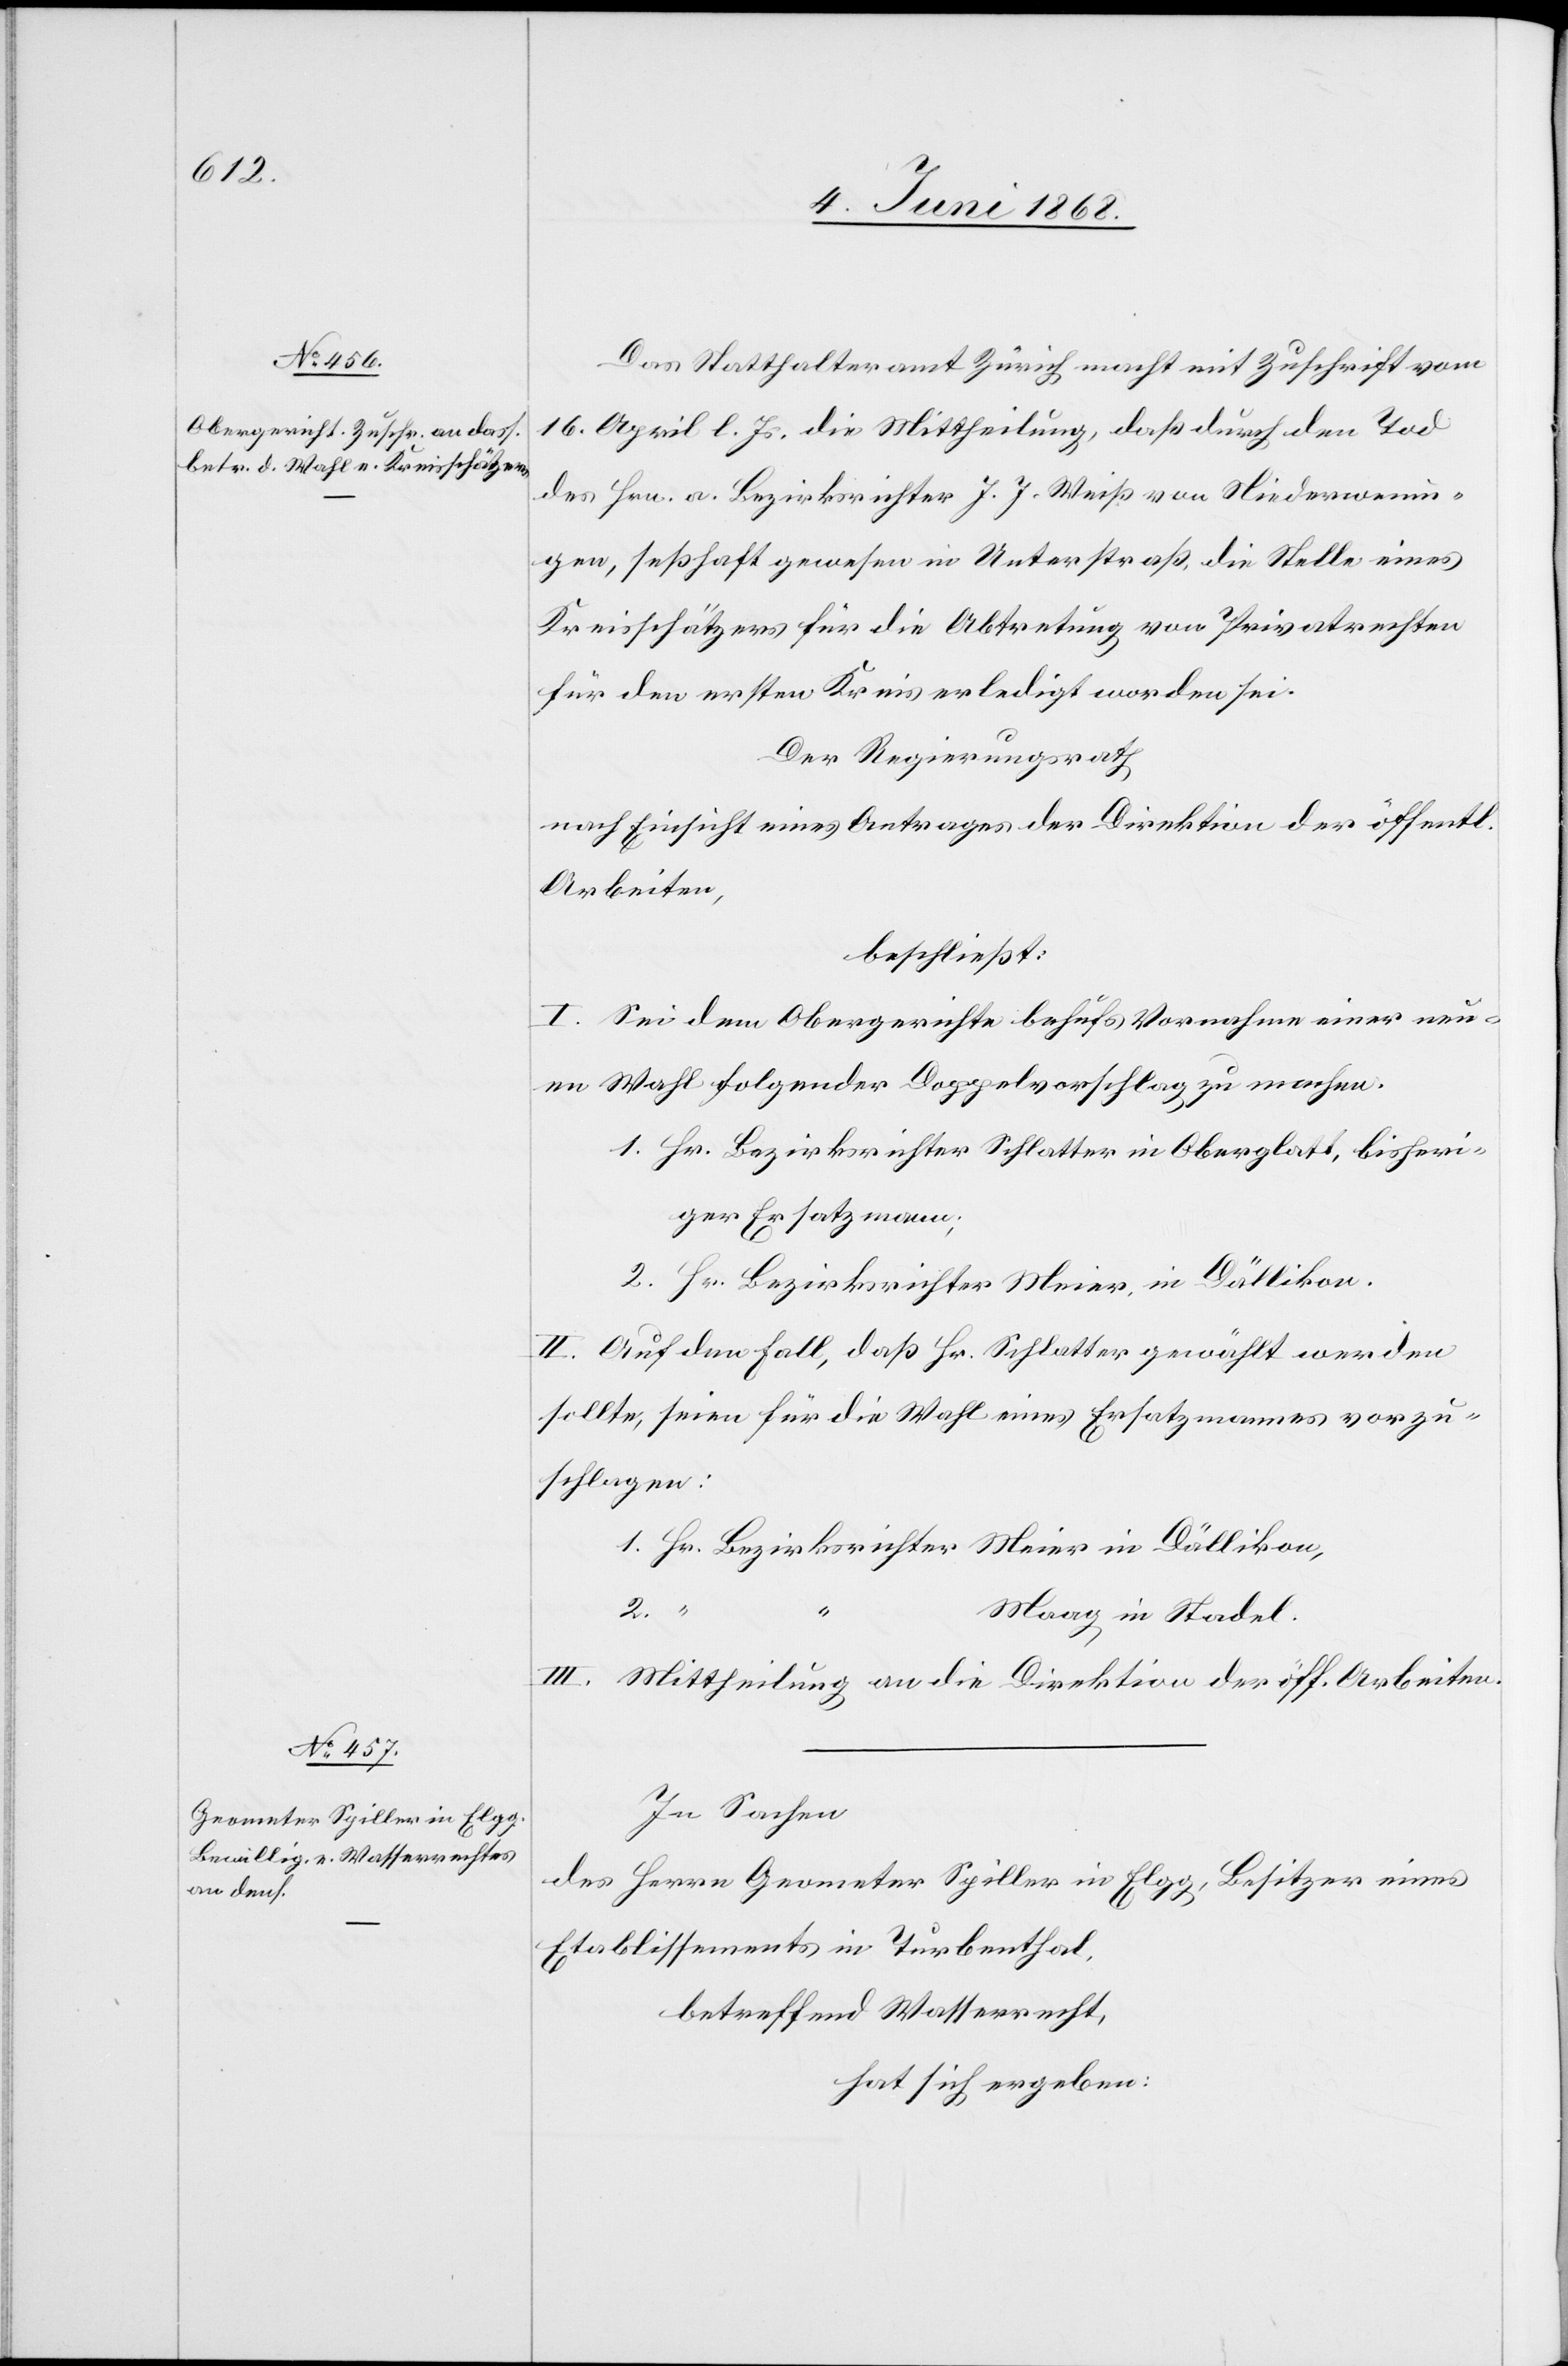
Das Statthalteramt Zürich macht mit Zuschrift vom
16. April l. Js. die Mittheilung, daß durch den Tod
des Hrn. a. Bezirksrichter J. J. Weiß von Niederwenin¬
gen, seßhaft gewesen in Unterstraß, die Stelle eines
Kreisschätzers für die Abtretung von Privatrechten
für den ersten Kreis erledigt worden sei.
Der Regierungsrath
nach Einsicht eines Antrages der Direktion der öffentl.
Arbeiten,
beschließt:
I. Sei dem Obergerichte behufs Vornahme einer neu¬
en Wahl folgender Doppelvorschlag zu machen.
1. Hr. Bezirksrichter Schlatter in Oberglatt, bisheri¬
gen Ersatzmann;
2. Hr. Bezirksrichter Meier, in Dällikon.
II. Auf den Fall, daß Hr. Schlatter gewählt werden
sollte, seien für die Wahl eines Ersatzmannes vorzu¬
schlagen:
1. Hr. Bezirksrichter Meier in Dällikon,
2. “
Maag in Stadel.
III.
Mittheilung an die Direktion der öff. Arbeiten.
In Sachen
des Herrn Geometer Spiller in Elgg, Besitzer eines
Etablissements in Turbenthal,
betreffend Wasserrecht,
hat sich ergeben: